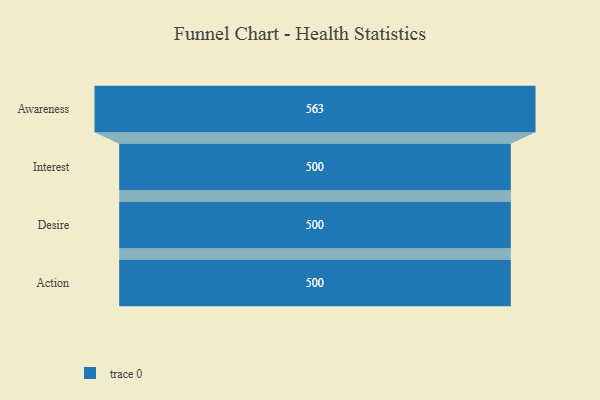
{"axis": {"x": "Stage", "y": "Value"}, "legend": [""], "data": [{"x": "Awareness", "y": 563.0, "type": ""}, {"x": "Interest", "y": 500, "type": ""}, {"x": "Desire", "y": 500, "type": ""}, {"x": "Action", "y": 500, "type": ""}]}